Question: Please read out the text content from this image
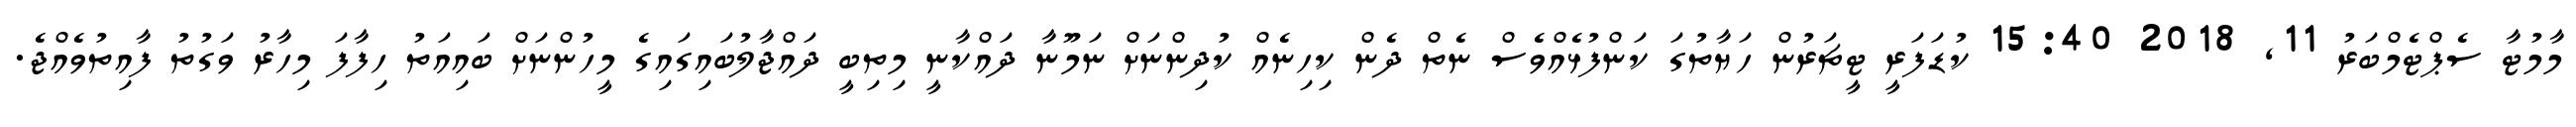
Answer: މާމުޓާ ސެޕްޓެމްބަރު 11, 2018 15:40 ކުޑަފަރީ ޓީޗަރުން ހަޔާތުގަ ކަންފުޅެއްވެސް ނެތް ދެން ކިހިނެއް ކުދިންނަށް ނަމޫނާ ދައްކާނީ މިތިބީ ދައްޖާލުބައިގައިގެ މީހުންނަށް ބައިއަތު ހިފާފަ މިހާރު ވަގުތު ފާއިތުވެއްޖެ.